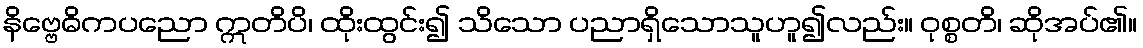
နိဗ္ဗေဓိကပညော ဣတိပိ၊ ထိုးထွင်း၍ သိသော ပညာရှိသောသူဟူ၍လည်း။ ဝုစ္စတိ၊ ဆိုအပ်၏။